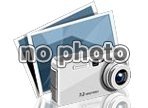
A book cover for Dr. Axelrod's Atlas of Freshwater Aquarium Fishes (8th Edition); Herbert R., Dr Axelrod; Sports & Outdoors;